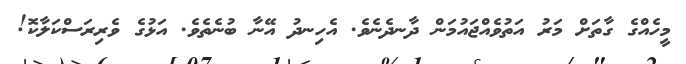
މީހެއްގެ ގާތަށް މަރު އަތުވެއްޖައުމަން ދާނދެނެވެ. އެހިނދު އޭނާ ބުނެތެވެ. އަޅުގެ ވެރިރަސްކަލާކޮ!